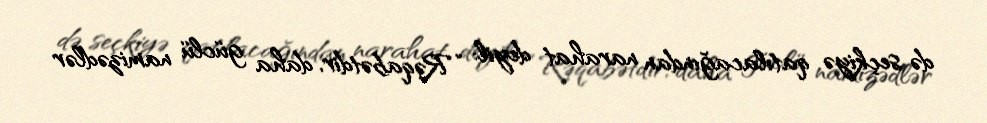
də seçkiyə qatılacağından narahat deyil: “Rəqabətdir, daha güclü namizədlər